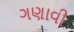
ગણાવી